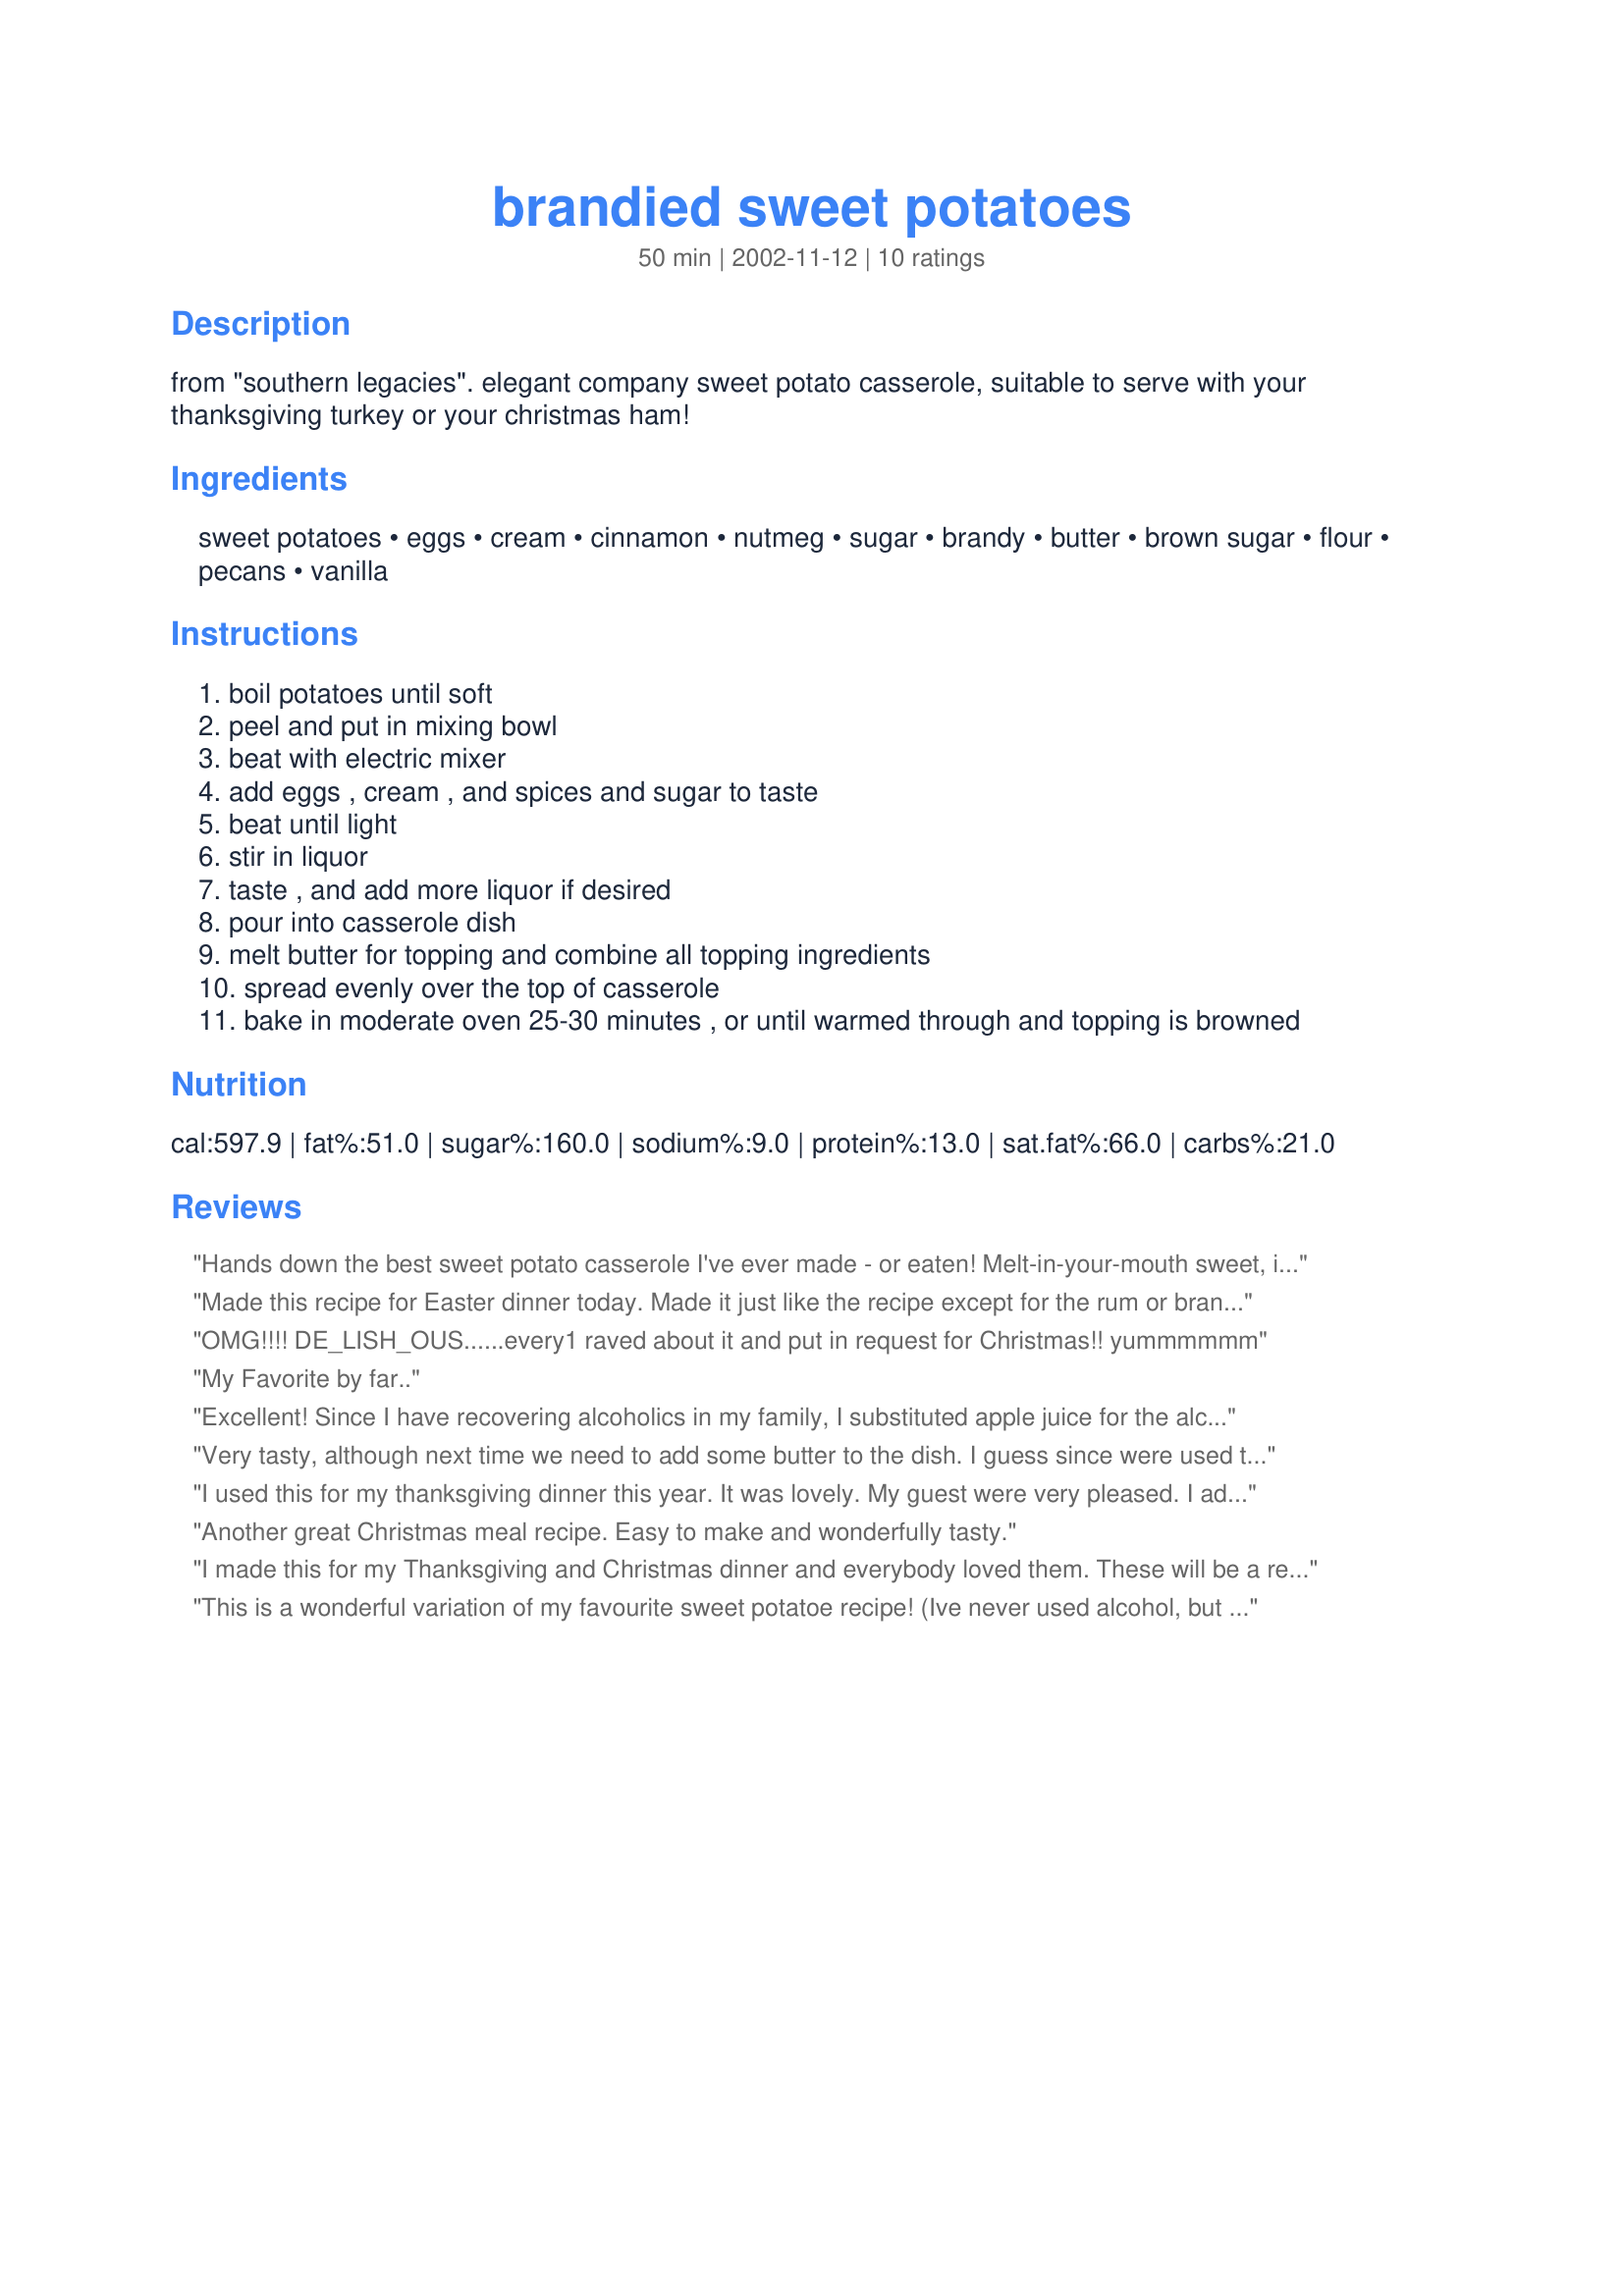
brandied sweet potatoes
Preparation time: 50 minutes

from "southern legacies". elegant company sweet potato casserole, suitable to serve with your thanksgiving turkey or your christmas ham!

Ingredients:
sweet potatoes, eggs, cream, cinnamon, nutmeg, sugar, brandy, butter, brown sugar, flour, pecans, vanilla

Steps:
boil potatoes until soft
peel and put in mixing bowl
beat with electric mixer
add eggs , cream , and spices and sugar to taste
beat until light
stir in liquor
taste , and add more liquor if desired
pour into casserole dish
melt butter for topping and combine all topping ingredients
spread evenly over the top of casserole
bake in moderate oven 25-30 minutes , or until warmed through and topping is browned

Reviews:
Hands down the best sweet potato casserole I've ever made - or eaten! Melt-in-your-mouth sweet, it's a refreshingly grown-up alternative to the marshmallow recipes. A new Thanksgiving tradition for my family that will be cherished for many years, thanks so much papergoddess!!!
Made this recipe for Easter dinner today. Made it just like the recipe except for the rum or brandy, didn't have either so I substituted Maple syrup. Very easy recipe to make. Eight people raved about the potatoes. Every one liked the texture of the potatoes and the crunch of the topping. will definitely make again.
Jim






OMG!!!! DE_LISH_OUS......every1 raved about it and put in request for Christmas!! yummmmmm
My Favorite by far..
Excellent! Since I have recovering alcoholics in my family, I substituted apple juice for the alcohol. The dish was still soooo yummy! Then I went to my friend's house for Thanksgiving and had her version, with rum. I've decided this Christmas I'll make two batches, one with rum, one without. It's THAT much better with the rum! :D The only thing I'll change is to cut back a bit on the butter in the topping.
Very tasty, although next time we need to add some butter to the dish. I guess since were used to very "sweet" sweet potatoes this was a bit of a change. This was still very rich and yummy!
I used this for my thanksgiving dinner this year. It was lovely. My guest were very pleased. I added, per a review above, just a bit of butter to the smashed sweet potatoes. It was a nice do-ahead recipe. Thank you Papergoddess for such great recipe.
Another great Christmas meal recipe. Easy to make and wonderfully tasty.
I made this for my Thanksgiving and Christmas dinner and everybody loved them. These will be a regular entry for my holiday meals.
Thanks Papergoddess for a great recipe.
This is a wonderful variation of my favourite sweet potatoe recipe! (Ive never used alcohol, but I'm sure it would really jazz up the flavor!)This is a recipe for people who usually dont like sweet potatoes....its almost like a dessert....delicious!
